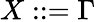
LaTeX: X::=\Gamma\,